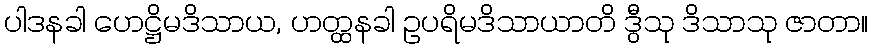
ပါဒနခါ ဟေဋ္ဌိမဒိသာယ, ဟတ္ထနခါ ဥပရိမဒိသာယာတိ ဒွီသု ဒိသာသု ဇာတာ။